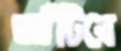
আঁটিবে